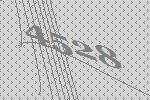
4528